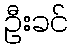
ဦးခင်